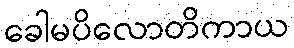
ခေါမပိလောတိကာယ